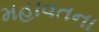
મહાવતના